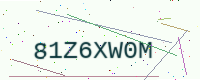
Text: 81Z6XW0M